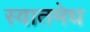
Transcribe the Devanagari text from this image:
स्वातमेघ